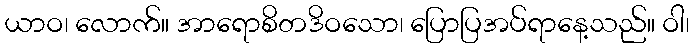
ယာဝ၊ လောက်။ အာရောစိတဒိဝသော၊ ပြောပြအပ်ရာနေ့သည်။ ဝါ၊